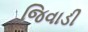
જિવાડી